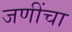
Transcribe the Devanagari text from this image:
जणींचा